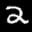
Label: 2